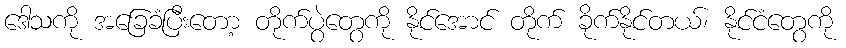
ဒေါသကို အခြေခံပြီးတော့ တိုက်ပွဲတွေကို နိုင်အောင် တိုက် ခိုက်နိုင်တယ်၊ နိုင်ငံတွေကို